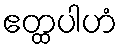
ဧတ္ထပါဟံ